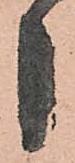
し